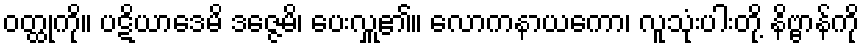
ဝတ္ထုကို။ ပဋိယာဒေမိ ဒဇ္ဇေမိ၊ ပေးလှူ၏။ လောကနာယကော၊ လူသုံးပါးတို့ နိဗ္ဗာန်ကို